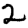
Digit: 2